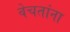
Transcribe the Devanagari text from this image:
वेचतांना